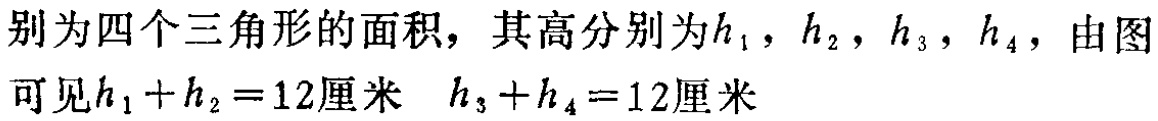
别为四个三角形的面积，其高分别为\(h_{1}\)，\(h_{2}\)，\(h_{3}\)，\(h_{4}\)，由图可见\(h_{1}+h_{2}=12\)厘米  \(h_{3}+h_{4}=12\)厘米